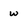
Character: w